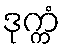
ဒုက္ကံ